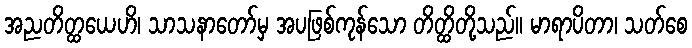
အညတိတ္ထယေဟိ၊ သာသနာတော်မှ အပဖြစ်ကုန်သော တိတ္ထိတို့သည်။ မာရာပိတာ၊ သတ်စေ